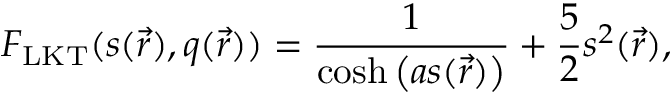
F _ { \mathrm { L K T } } ( s ( \vec { r } ) , q ( \vec { r } ) ) = \frac { 1 } { \cosh \left( a s ( \vec { r } ) \right) } + \frac { 5 } { 2 } s ^ { 2 } ( \vec { r } ) ,